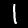
Label: 1